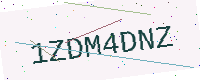
Text: 1ZDM4DNZ